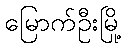
မြောက်ဦးမြို့